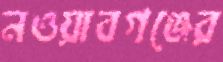
নওয়াবগঞ্জের